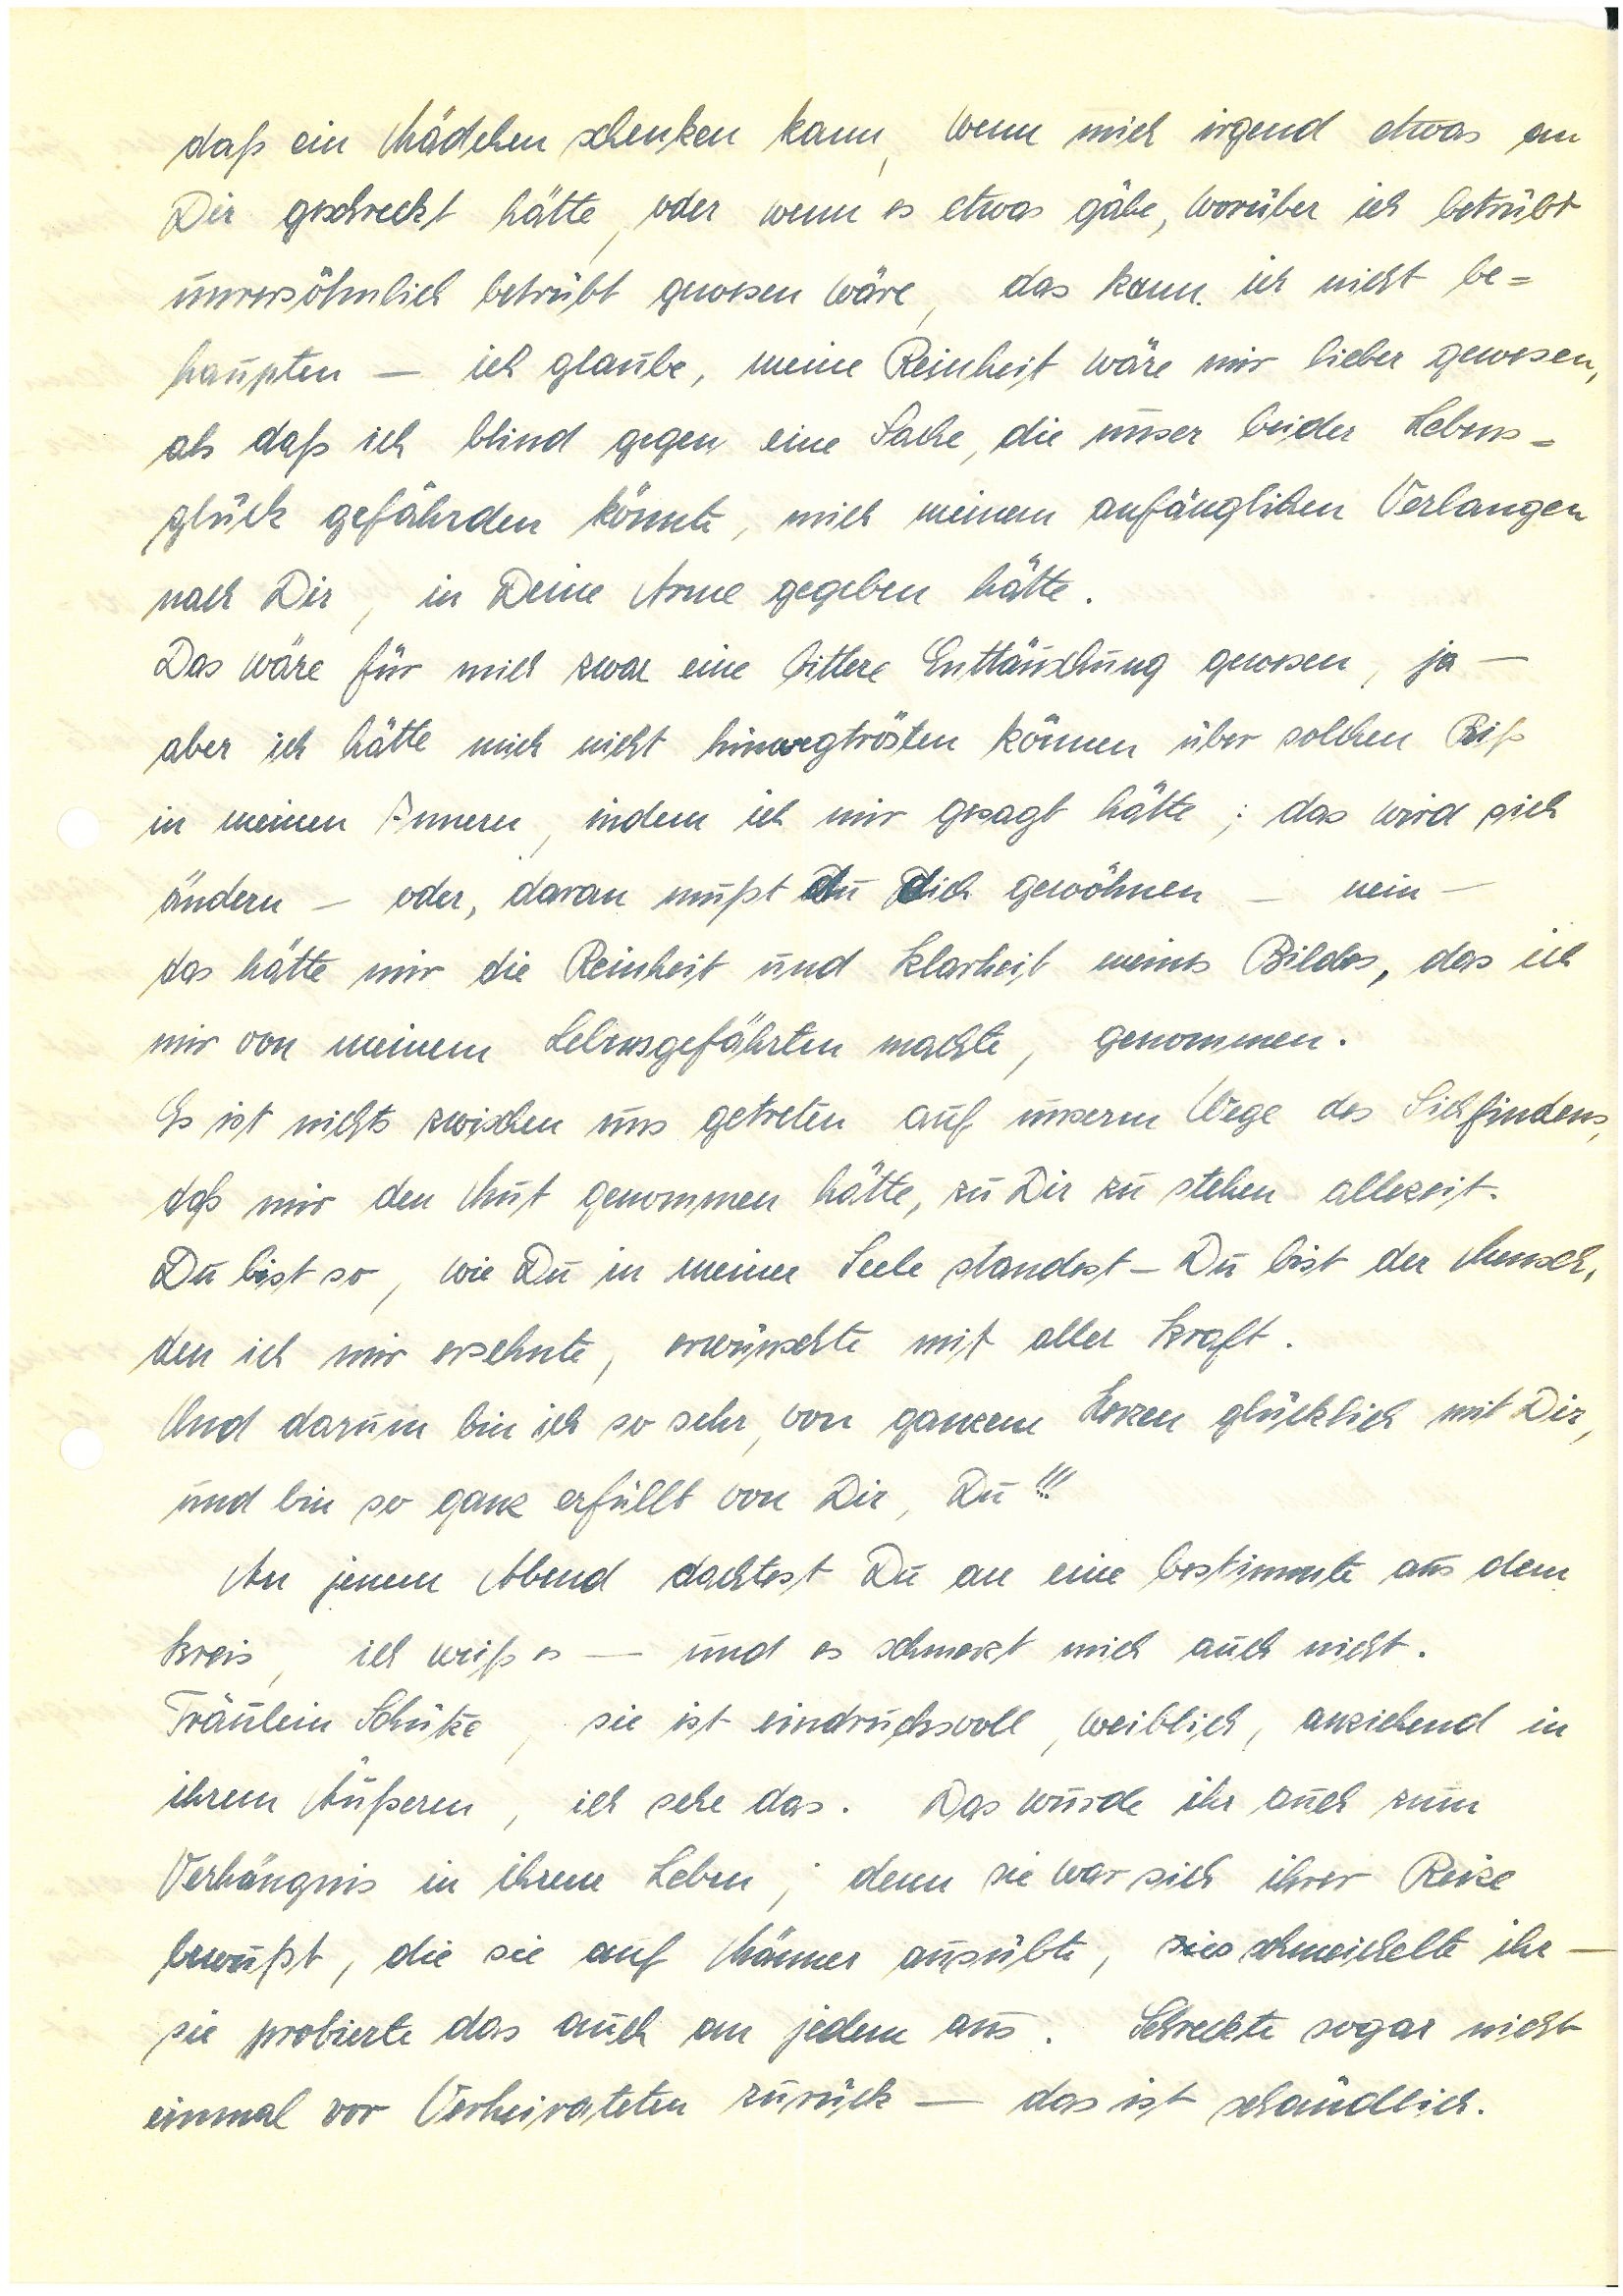
das ein Mädchen schenken kann, wenn mich irgendetwas an
Dir geschreckt hätte, oder wenn es etwas gäbe, worüber ich betrübt
unversöhnlich betrübt gewesen wäre, das kann ich nicht be¬
haupten – ich glaube, meine Reinheit wäre mir lieber gewesen,
als daß ich blind gegen eine Sache, die unser beider Lebens¬
glück gefährden könnte, mich meinem anfänglichen Verlangen
nach Dir in Deine Arme gegeben hätte.
Das wäre für mich zwar eine bittere Enttäuschung gewesen, ja –
aber ich hätte mich nicht hinwegtrösten können über solchen Riß
in meinem Innern, indem ich mir gesagt hätte; das wird sich
ändern – oder, daran mußt Ddu Ddich gewöhnen – nein –
das hätte mir die Reinheit und Klarheit meines Bildes, das ich
mir von meinem Lebensgefährten machte, genommen.
Es ist nichts zwischen uns getreten auf unserm Wege des Sichfindens,
daß mir den Mut genommen hätte, zu Dir zu stehen alle Zeit.
Du bist so, wie Du in meiner Seele standest – Du bist der Mensch,
den ich mir ersehnte, erwünschte mit aller Kraft.
Und darum bin ich so sehr, von ganzem Herzen glücklich mit Dir,
und bin so ganz erfüllt von Dir, Du!!!
An jenem Abend dachtest Du an eine bestimmte aus dem
Kreis, ich weiß es – und es schmerzt mich auch nicht.
Fräulein S., sie ist eindrucksvoll, weiblich, anziehend in
ihrem Äußeren, ich sehe das. Das wurde ihr auch zum
Verhängnis in ihrem Leben, denn sie war sich ihrer Reize
bewusst, die sie auf Männer ausübte, es schmeichelte ihr –
sie probierte das auch an jedem aus. Schreckte sogar nicht
einmal vor Verheirateten zurück – das ist schändlich.